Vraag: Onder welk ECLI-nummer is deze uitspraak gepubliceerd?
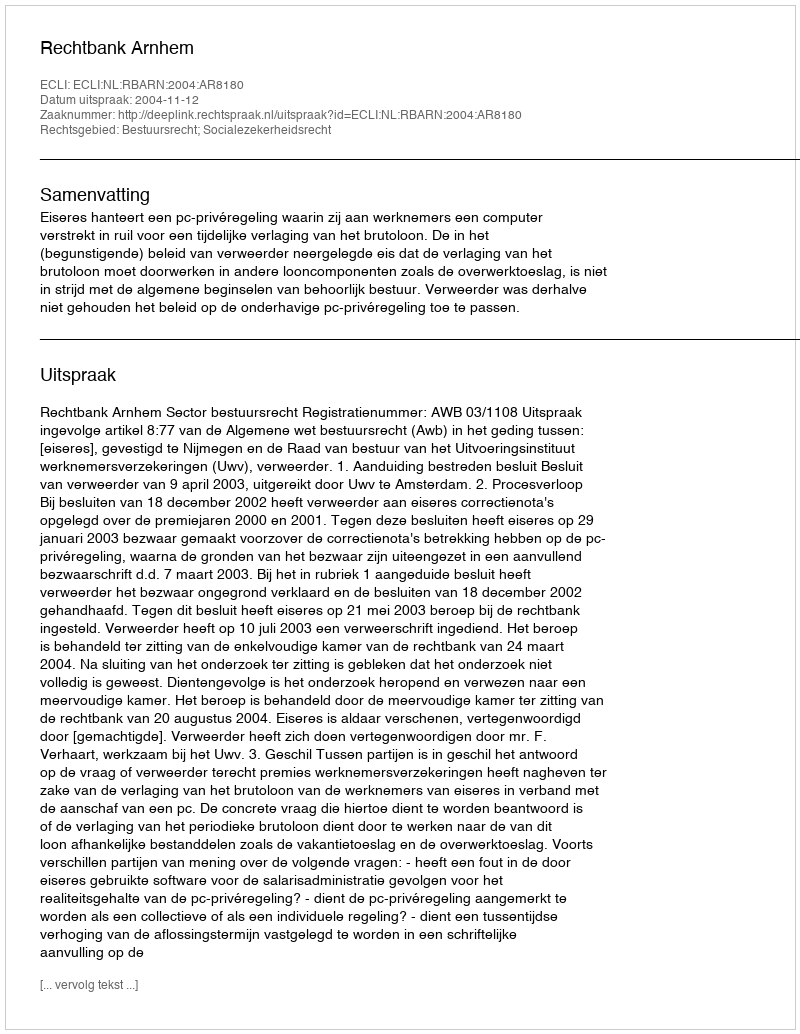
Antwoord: ECLI:NL:RBARN:2004:AR8180